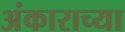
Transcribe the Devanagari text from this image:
अंकाराच्या